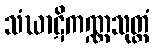
သံဃာဋိကဏ္ဏသုတ္တံ